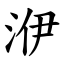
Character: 洢